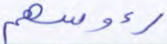
رءوسهم